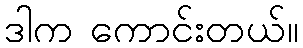
ဒါက ကောင်းတယ်။